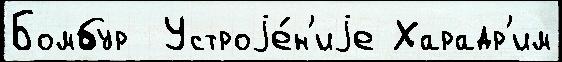
Бомбур  Устроjе́н'иjе Харадр'им